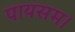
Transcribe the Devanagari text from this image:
पायसम।